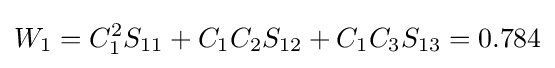
W_{1}=C_{1}^{2}S_{11}+C_{1}C_{2}S_{12}+C_{1}C_{3}S_{13}=0.784